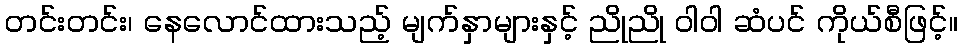
တင်းတင်း၊ နေလောင်ထားသည့် မျက်နှာများနှင့် ညိုညို ဝါဝါ ဆံပင် ကိုယ်စီဖြင့်။